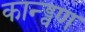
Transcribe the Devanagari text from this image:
कान्ड्वण